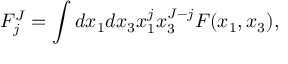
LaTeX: F _ { j } ^ { J } = \int d x _ { 1 } d x _ { 3 } x _ { 1 } ^ { j } x _ { 3 } ^ { J - j } F ( x _ { 1 } , x _ { 3 } ) ,